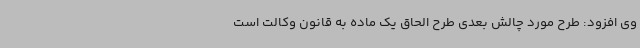
وی افزود: طرح مورد چالش بعدی طرح الحاق یک ماده به قانون وکالت است